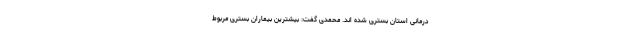
درمانی استان بستری شده اند. محمدی گفت: بیشترین بیماران بستری مربوط